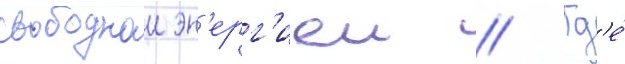
свободнои эн'ерг'иеи // Гд'е́